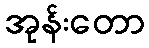
အုန်းတော